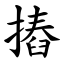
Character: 摏